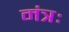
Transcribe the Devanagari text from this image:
मंत्रः